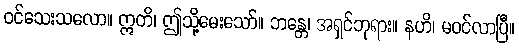
ဝင်သေးသလော။ ဣတိ၊ ဤသို့မေးသော်။ ဘန္တေ၊ အရှင်ဘုရား။ နဟိ၊ မဝင်လာပြီ။